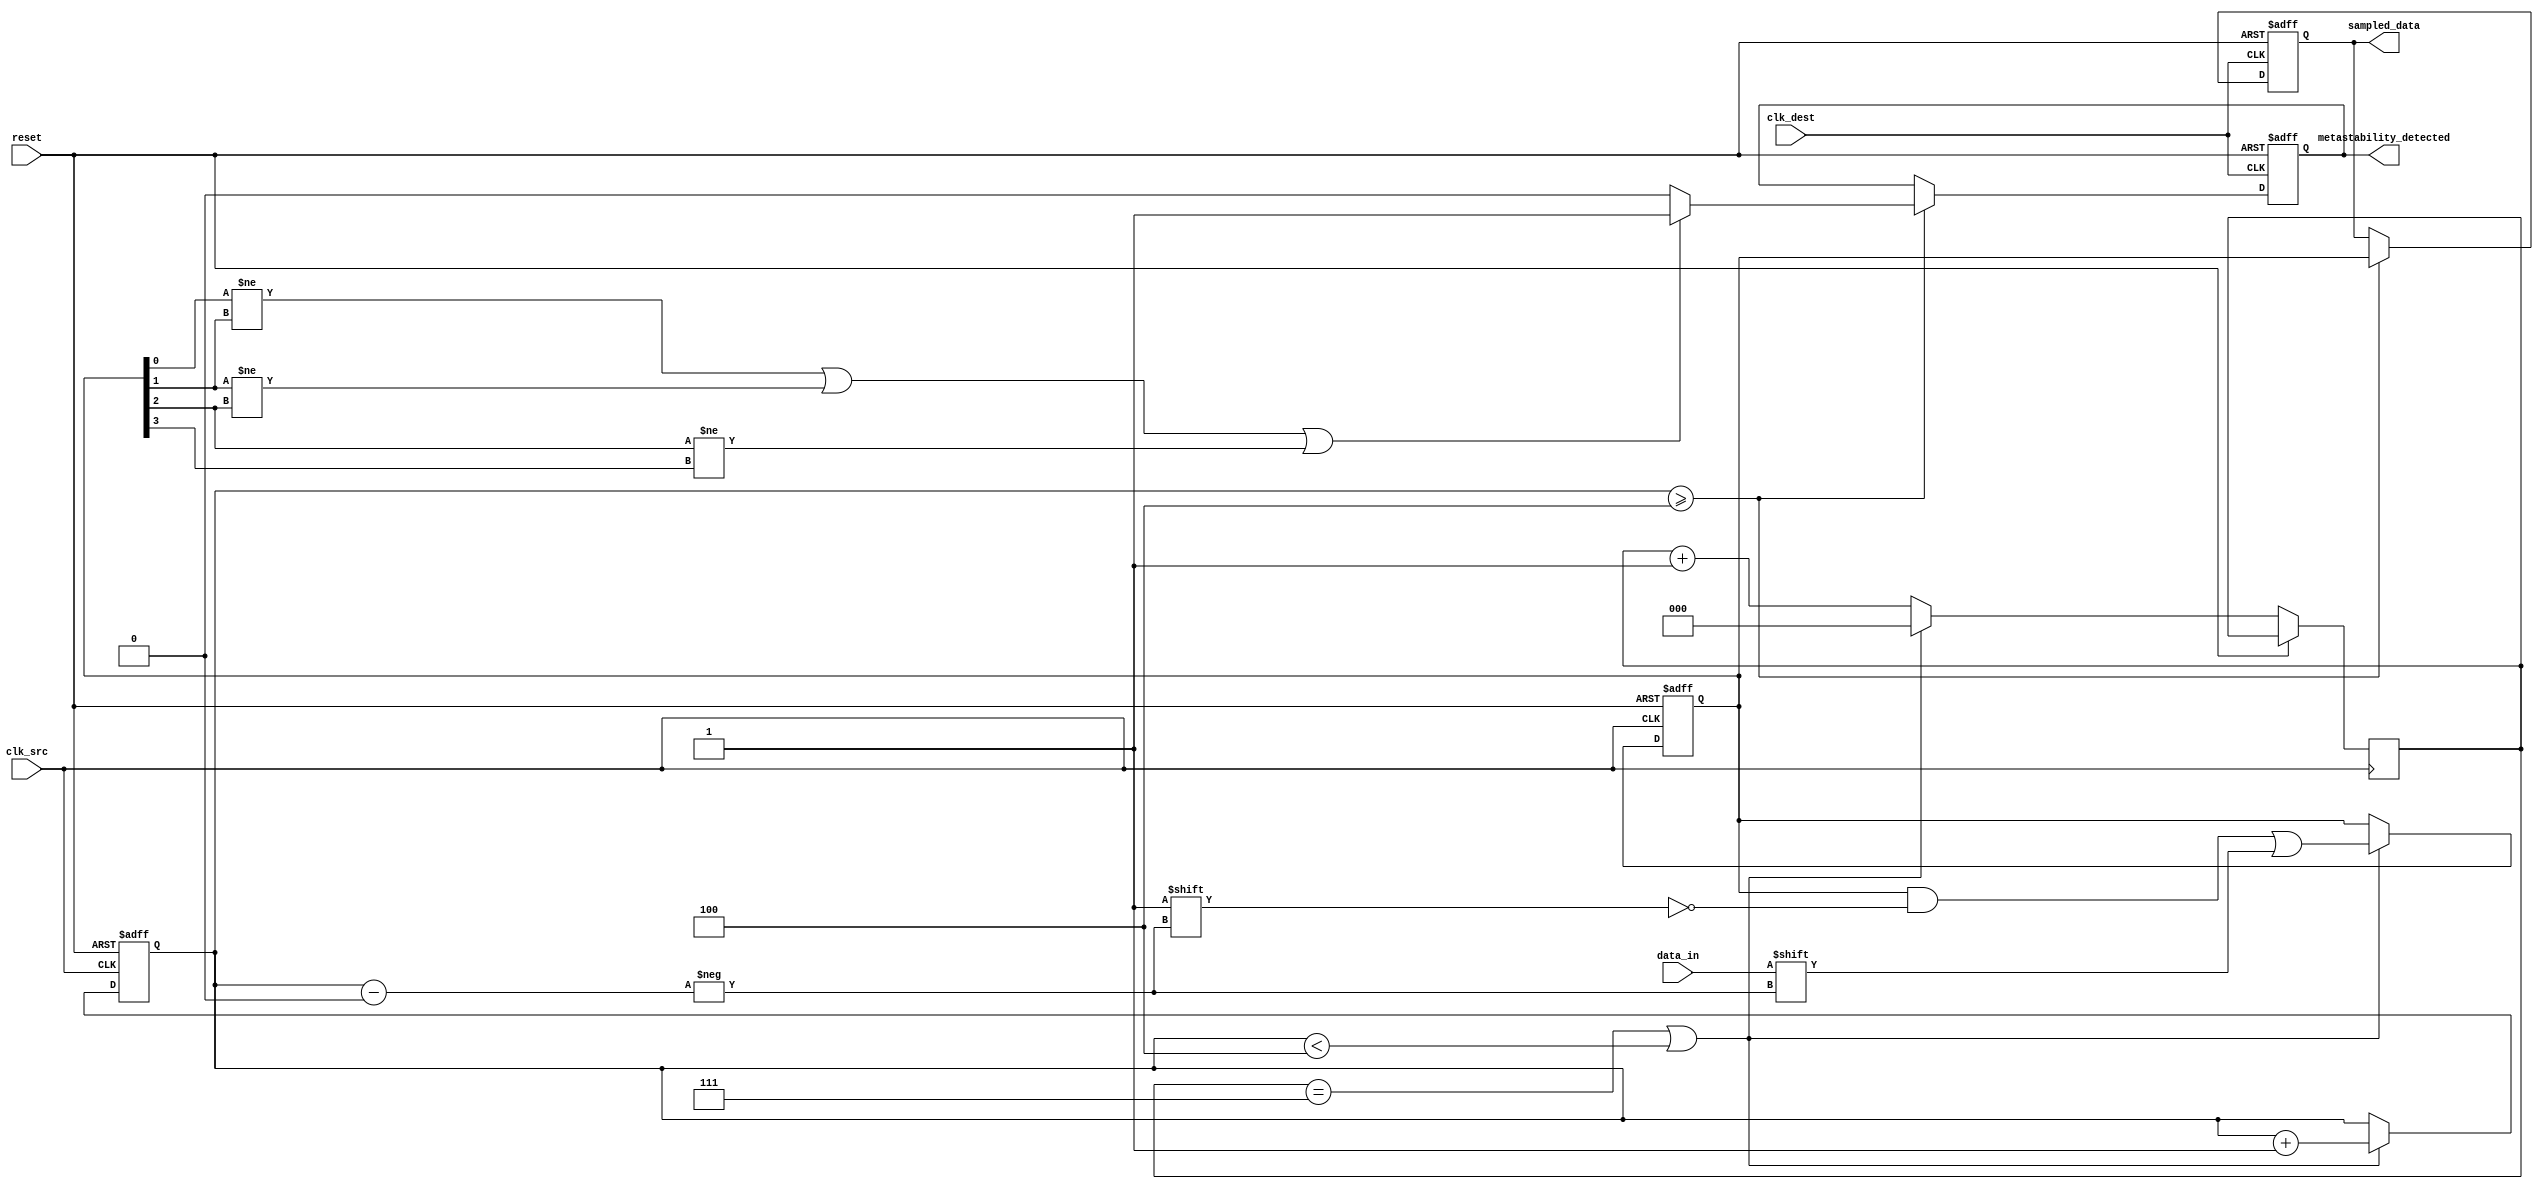
module MetastabilityDetector #(
    parameter NUM_SAMPLES = 4, // Number of memory blocks to sample
    parameter RANDOM_SAMPLE_CLK_DIV = 8 // Clock division for random sampling
)(
    input wire clk_src, // Source clock
    input wire clk_dest, // Destination clock
    input wire reset, // Asynchronous reset
    input wire data_in, // Input data from source clock domain
    output reg metastability_detected, // Output signal for metastability detection
    output reg [NUM_SAMPLES-1:0] sampled_data // Sampled data output
);

reg [NUM_SAMPLES-1:0] sample_mem; // Memory blocks to hold samples
reg [3:0] sample_count; // Count of samples taken
reg [$clog2(RANDOM_SAMPLE_CLK_DIV)-1:0] sample_clk_div; // Clock divider for random sampling
reg valid_sample; // Flag to indicate valid sample

always @(posedge clk_src or posedge reset) begin
    if (reset) begin
        sample_count <= 0;
        sample_mem <= 0;
    end else begin
        // Random sampling logic
        // Increment sample_clk_div and capture input data randomly
        if (sample_clk_div == RANDOM_SAMPLE_CLK_DIV-1 || sample_count < NUM_SAMPLES) begin
            sample_mem[sample_count] <= data_in; // Capture the sampled data
            sample_count <= sample_count + 1;
            sample_clk_div <= 0;
        end else begin
            sample_clk_div <= sample_clk_div + 1;
        end
    end
end

always @(posedge clk_dest or posedge reset) begin
    if (reset) begin
        sampled_data <= 0;
        metastability_detected <= 0;
        valid_sample <= 0;
    end else begin
        // Shift the samples to output
        if (sample_count >= NUM_SAMPLES) begin
            sampled_data <= sample_mem;
            valid_sample <= 1;

            // Metastability detection logic
            // Check if there's a transition in the sampled output
            if ((sample_mem[0] != sample_mem[1]) || 
                (sample_mem[1] != sample_mem[2]) || 
                (sample_mem[2] != sample_mem[3])) begin
                metastability_detected <= 1; // Indicate metastability detect
            end else begin
                metastability_detected <= 0; // Clear metastability detect
            end
        end
    end
end

endmodule